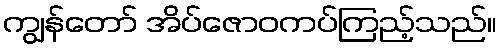
ကျွန်တော် အိပ်ဇောဝကပ်ကြည့်သည်။